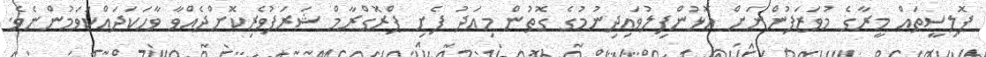
ޕޮލިސީތައް މީރާގެ މުވަޒަފުންނަށް އޮޅުންފިލުވައިދިނުމުގެ ގޮތުން މިއަދު ފެށި ޕްރޮގްރާމް ޝަރަފުވެރިކޮށްދެއްވާ ވާހަކަދައްކަވަމުންނެވެ.